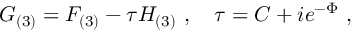
G _ { ( 3 ) } = F _ { ( 3 ) } - \tau H _ { ( 3 ) } \ , \quad \tau = C + i e ^ { - \Phi } \ ,